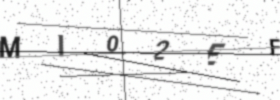
Text: MI02EF